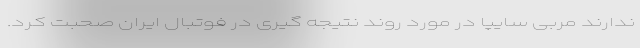
ندارند مربی سایپا در مورد روند نتیجه گیری در فوتبال ایران صحبت کرد.